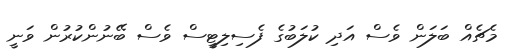
މެޗެއް ބަލަން ވެސް އަދި ކުލަބުގެ ފެސިލިޓީސް ވެސް ބޭނުންކުރުން ވަނީ